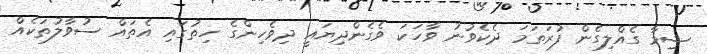
ޝިމާ ގެއްލިގެން ފުރަތަމަ ދެކެވުނު ވާހަކަ ވެގެންދިޔައީ ދިވެހިންގެ ހިތުގައި އެތައް ސުވާލުތަކެއް